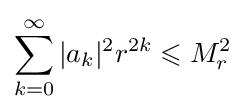
\sum _{k=0}^{\infty }|a_{k}|^{2}r^{2k}\leqslant M_{r}^{2}